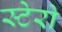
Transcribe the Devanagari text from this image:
स्टेरो